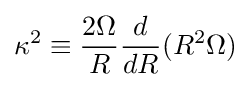
\kappa ^{2}\equiv {\frac {2\Omega }{R}}{\frac {d}{dR}}(R^{2}\Omega )